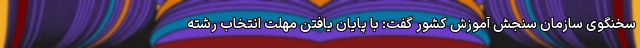
سخنگوی سازمان سنجش آموزش کشور گفت: با پایان یافتن مهلت انتخاب رشته